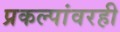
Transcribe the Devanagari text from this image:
प्रकल्पांवरही